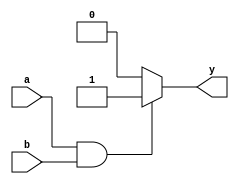
module and_gate(
input wire a,
input wire b,
output reg y
);

always @(*) begin
    if(a && b) begin
        y = 1; 
    end else begin
        y = 0; 
    end
end

endmodule